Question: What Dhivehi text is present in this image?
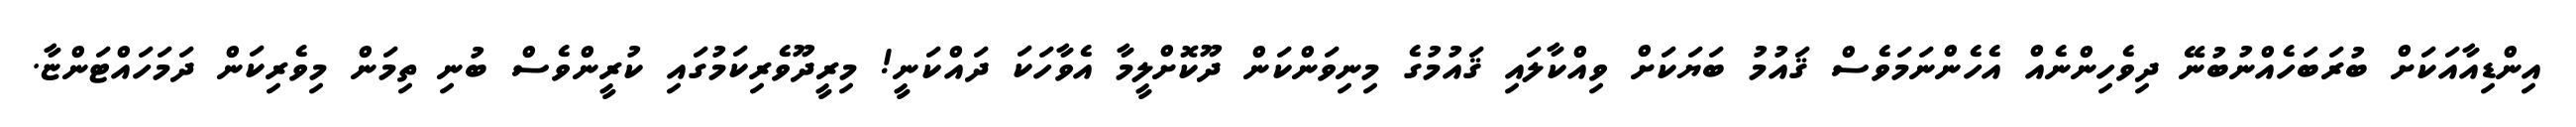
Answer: އިންޑިއާއަކަށް ބުރަބަހެއްނުބުނޭ ދިވެހިންނެއް އެހެންނަމަވެސް ޤައުމު ބަޔަކަށް ވިއްކާލައި ޤައުމުގެ މިނިވަންކަން ދޫކޮށްލީމާ އެވާހަކަ ދައްކަނީ! މިރީދޫވެރިކަމުގައި ކުރީންވެސް ބުނި ތިމަން މިވެރިކަން ދަމަހައްޓަންޏާ.